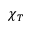
\chi _ { T }